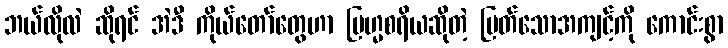
ဘယ်လိုလဲ ဆိုရင် အဲဒီ ကိုယ်တော်တွေဟာ ဗြဟ္မစရိယဆိုတဲ့ မြတ်သောအကျင့်ကို ကောင်းစွာ